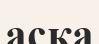
асқа